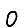
Digit: 0